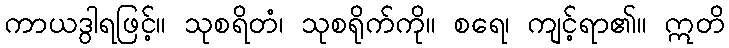
ကာယဒွါရဖြင့်။ သုစရိတံ၊ သုစရိုက်ကို။ စရေ၊ ကျင့်ရာ၏။ ဣတိ